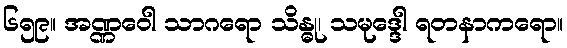
၆၅၉။ အဏ္ဏဝေါ သာဂရော သိန္ဓု၊ သမုဒ္ဒေါ ရတနာကရော။